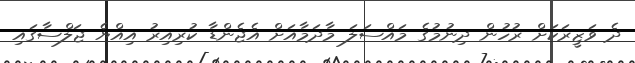
ދެ ވަޒީރަކަށް ރުހުން ދިނުމުގެ މައްސަލަ މާދަމާއަށް އެޖެންޑާ ކުރިއިރު އިއްޔެ ޖަލްސާގައި